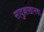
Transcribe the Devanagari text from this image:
सादुल्लाखानचा